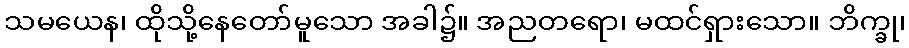
သမယေန၊ ထိုသို့နေတော်မူသော အခါ၌။ အညတရော၊ မထင်ရှားသော။ ဘိက္ခု၊